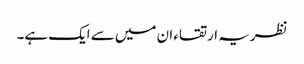
نظریہ ارتقاء ان میں سے ایک ہے۔